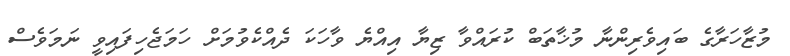
މުޒާހަރާގެ ބައިވެރިންނާ މުޚާތަބް ކުރައްވާ ޒިޔާ އިއްޔެ ވާހަކަ ދެއްކެވުމަށް ހަމަޖެހިފައިވީ ނަމަވެސް